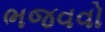
ભજવવો